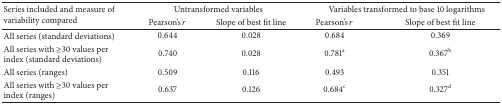
| <ROWSPAN=2> Series included and measure of variability compared | <COLSPAN=2> Untransformed variables | <COLSPAN=2> Variables transformed to base 10 logarithms |
 | Pearson's r | Slope of best fit line | Pearson's r | Slope of best fit line |
 | --- | --- | --- | --- | --- |
 | All series (standard deviations) | 0.644 | 0.028 | 0.684 | 0.369 |
 | All series with ≥30 values per index (standard deviations) | 0.740 | 0.028 | 0.781a | 0.367b |
 | All series (ranges) | 0.509 | 0.116 | 0.493 | 0.351 |
 | All series with ≥30 values per index (ranges) | 0.637 | 0.126 | 0.684c | 0.327d |